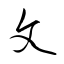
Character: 夂